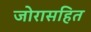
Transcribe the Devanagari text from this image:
जोरासहित